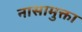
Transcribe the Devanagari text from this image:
नासामुक्ता